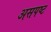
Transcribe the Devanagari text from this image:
असपष्ट